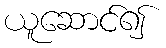
ယူဆောင်၍